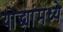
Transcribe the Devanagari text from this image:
योद्ध्यांमध्ये